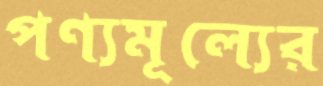
পণ্যমূল্যের